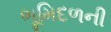
ભૂમિદળની